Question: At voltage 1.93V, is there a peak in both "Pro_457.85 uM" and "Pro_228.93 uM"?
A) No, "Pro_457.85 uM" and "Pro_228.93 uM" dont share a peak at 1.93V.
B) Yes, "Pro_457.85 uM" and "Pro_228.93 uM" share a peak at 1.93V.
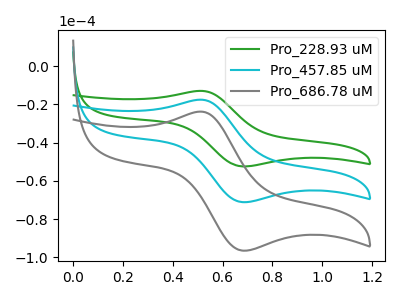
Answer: <think>The green curve "Pro_228.93 uM" has an anodic peak at (0.50V, -12.90uA) and a cathodic peak at (0.70V, -52.40uA). The cyan curve "Pro_457.85 uM" has an anodic peak at (0.50V, -17.50uA) and a cathodic peak at (0.70V, -71.05uA). The gray curve "Pro_686.78 uM" has an anodic peak at (0.50V, -35.05uA) and a cathodic peak at (0.70V, -142.15uA).</think>
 <answer>A) No, "Pro_457.85 uM" and "Pro_228.93 uM" dont share a peak at 1.93V.</answer>
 <eval>A</eval>